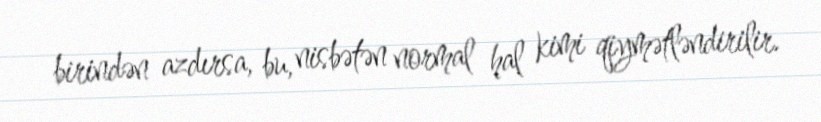
birindən azdırsa, bu, nisbətən normal hal kimi qiymətləndirilir.